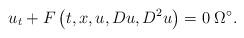
LaTeX: \begin{align*}u_{t}+F\left(t,x,u,Du,D^{2}u\right)=0\;\Omega ^{\circ }.\end{align*}